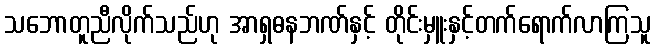
သဘောတူညီလိုက်သည်ဟု အာရှဓနဘဏ်နှင့် တိုင်းမှူးနှင့်တက်ရောက်လာကြသူ